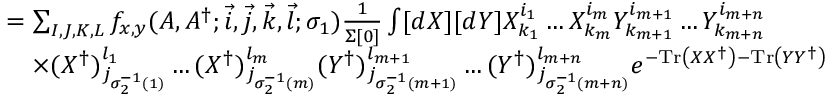
\begin{array} { r l } { } & { = \sum _ { I , J , K , L } f _ { x , y } ( A , A ^ { \dagger } ; \vec { i } , \vec { j } , \vec { k } , \vec { l } ; \sigma _ { 1 } ) \frac { 1 } { \Sigma [ 0 ] } \int [ d X ] [ d Y ] X _ { k _ { 1 } } ^ { i _ { 1 } } \dots X _ { k _ { m } } ^ { i _ { m } } Y _ { k _ { m + 1 } } ^ { i _ { m + 1 } } \dots Y _ { k _ { m + n } } ^ { i _ { m + n } } } \\ { } & { \quad \times ( X ^ { \dagger } ) _ { j _ { \sigma _ { 2 } ^ { - 1 } ( 1 ) } } ^ { l _ { 1 } } \dots ( X ^ { \dagger } ) _ { j _ { \sigma _ { 2 } ^ { - 1 } ( m ) } } ^ { l _ { m } } ( Y ^ { \dagger } ) _ { j _ { \sigma _ { 2 } ^ { - 1 } ( m + 1 ) } } ^ { l _ { m + 1 } } \dots ( Y ^ { \dagger } ) _ { j _ { \sigma _ { 2 } ^ { - 1 } ( m + n ) } } ^ { l _ { m + n } } e ^ { - \mathrm { T r } \left( X X ^ { \dagger } \right) - \mathrm { T r } \left( Y Y ^ { \dagger } \right) } } \end{array}